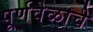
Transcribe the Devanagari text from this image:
पूर्णवेळाचे